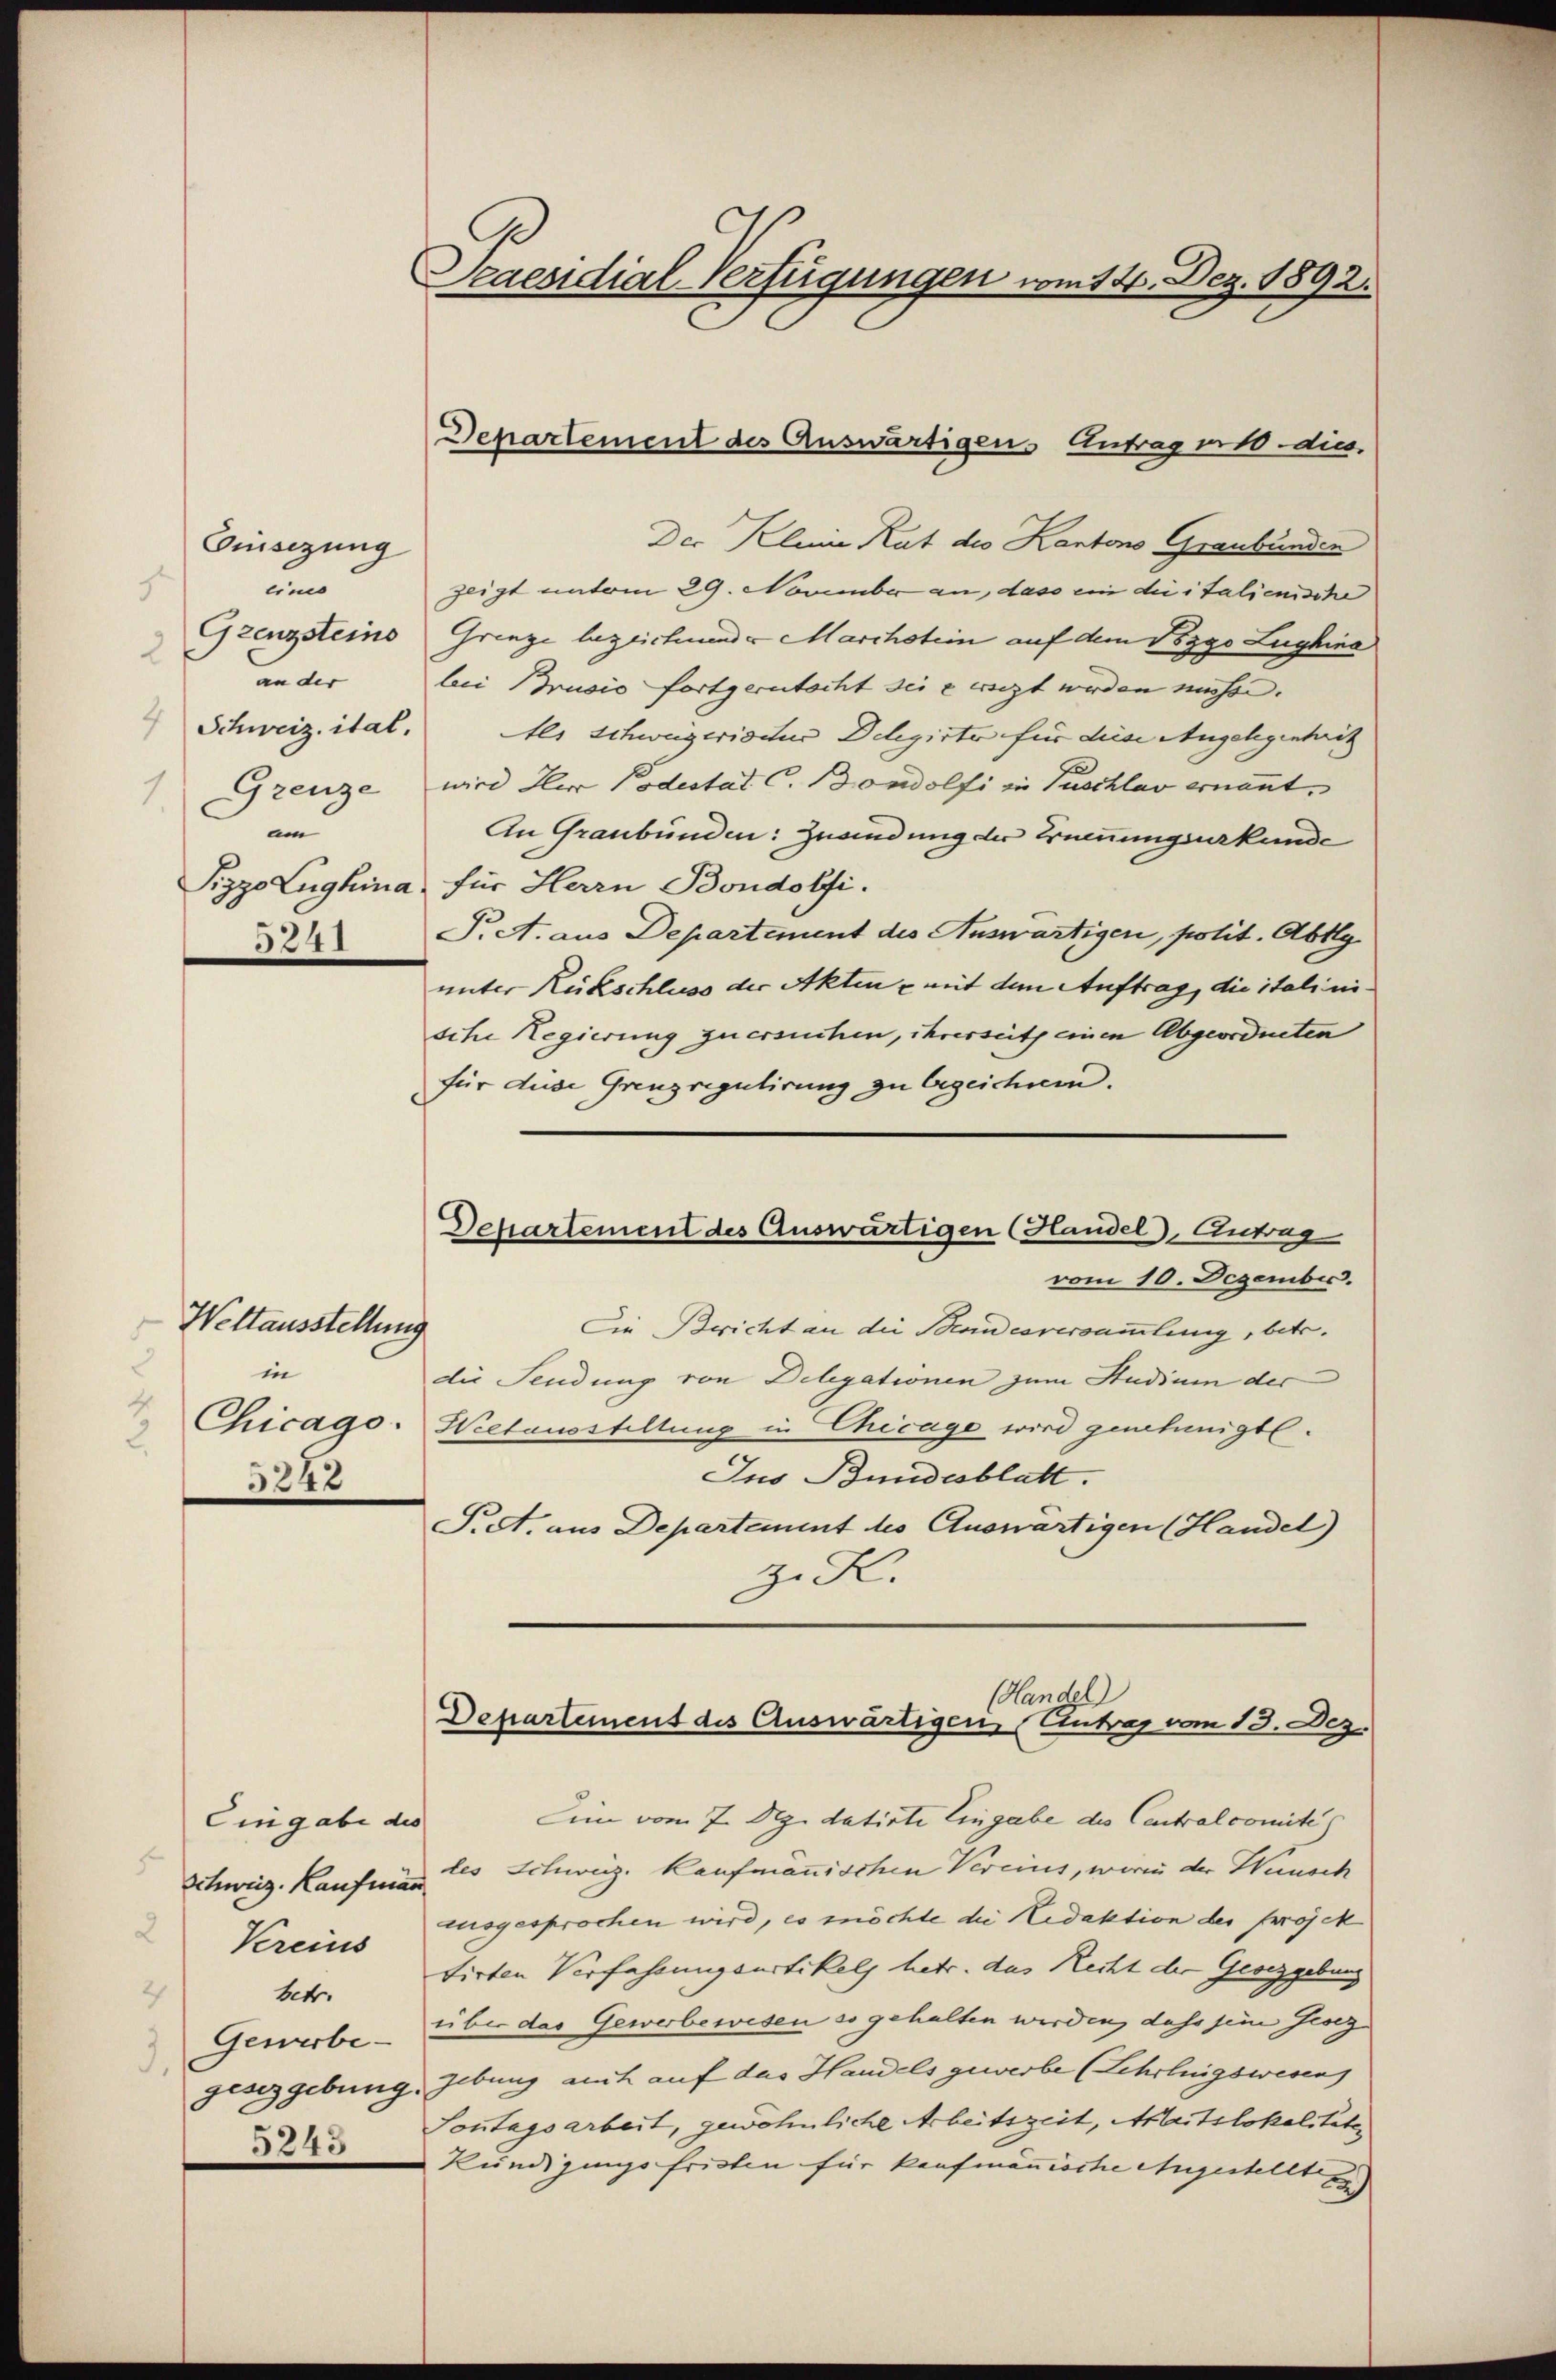
Günsezung
g
und
2
an der
Grenze
1.
um
5241

Weltausstellung
in
4
Chicago.
242

Eingabe des
2
Vereins
2
betr.
Gewerbe-
3.
5243

Seaesidial-Verfügungen vom 12. Dez. 1892.

Der Kleine Rat des Kantons Graubünden
zeigt untem 29. November an, dass ein die italienische
Grenzsteine Grenze bezeichnende Marchstein auf dem Pezgo Lughina
bei Brusio fortgerutscht sei ersezt werden müsse.
Schweiz ital. Als Schweizerischus Delegirter für diese Angelegentritz
wird Herr Podestat C. Bondolfi in Puschlav ernannt.
An Graubünden: Zuwendung der Ernennungsurkunde
Pizzo Lughina, für Herrn Bondolfi.
P. A. aus Departement des Auswärtigen, polit. Abtlg
unter Reitschluss der Akten, mit dem Auftrag, die italinische Regierung zu ersuchen, ihrerseits einen Abgeordneten
für diese Grenzregulirung zu bezeichnen.

Departement des Auswärtigen. Antrag in 10. die

Dchartement des Auswärtigen (Handel-Antrag
vom 10. Dezember.

Die Bericht an die Beundesversammlung, betr.
die Sendung von Delegationen zum Studium der
Wietausstellung in Chicago wird genehmigt.
Jus Bundesblatt.
Pret. aus Departement des Auswärtigen (Handel)
z. K.

Handel
Departement des Auswärtigen Antrag vom 13. Dez.

Ein vom 7. Dez. datirte Eingabe des Centralcomite
Schweiz. Kaufman des Schweiz. Kaufmännischen Vereins, worin der Wünsch
ausgesprochen wird, es möchte die Redaktion der projek
tirten Verfassungsartikels hetr. das Recht der Gesetzgebung
über das Gewerbewesen so gehalten werden, dass sein Jeszgesetzgebung. Gebung auch auf das Handels gewerbe (Lehrungswesen
Sontagsarbeit, gewöhnliche Arbeitszeit, Maritslokalitäten
Kündigungsfristen für kaufmännische Angestellte